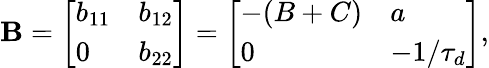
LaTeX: \mathbf{B}=\left[\begin{array}{ll}{b_{11}}&{b_{12}}\\ {0}&{b_{22}}\end{array}\right]=\left[\begin{array}{ll}{-(B+C)}&{a}\\ {0}&{-1/\tau_{d}}\end{array}\right],